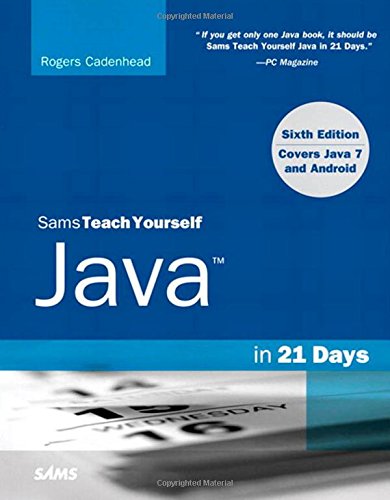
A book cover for Sams Teach Yourself Java in 21 Days (Covering Java 7 and Android) (6th Edition); Rogers Cadenhead; Computers & Technology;